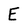
Character: E